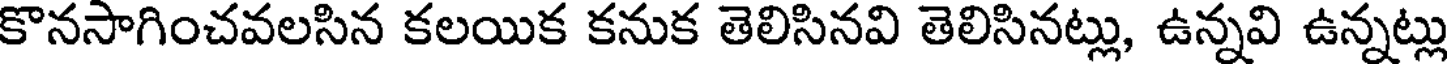
కొనసాగించవలసిన కలయిక కనుక తెలిసినవి తెలిసినట్లు, ఉన్నవి ఉన్నట్లు